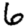
Digit: 6